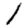
Digit: 1